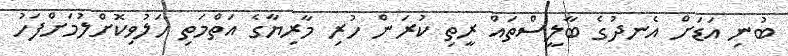
ބުނި އަޑަށް އެނދުގެ ބާލީސްތައް ރީތި ކުރަން ހުރި މާރިޔާގެ އަތްމަތި ހަލުވިކޮށްލުމަށްފަހު